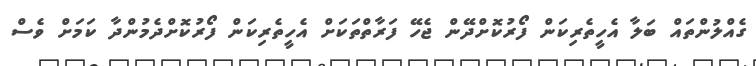
ގެއްލުންތައް ބަލާ އެހީތެރިކަން ފޯރުކޮށްދޭން ޖެހޭ ފަރާތްތަކަށް އެހީތެރިކަން ފޯރުކޮށްދެމުންދާ ކަމަށް ވެސް